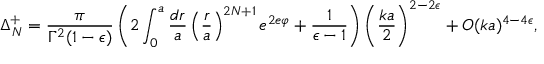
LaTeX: \Delta _ { N } ^ { + } = \frac { \pi } { \Gamma ^ { 2 } ( 1 - \epsilon ) } \left( 2 \int _ { 0 } ^ { a } \frac { d r } { a } \left( \frac { r } { a } \right) ^ { 2 N + 1 } e ^ { 2 e \varphi } + \frac { 1 } { \epsilon - 1 } \right) \left( \frac { k a } { 2 } \right) ^ { 2 - 2 \epsilon } + O ( k a ) ^ { 4 - 4 \epsilon } ,